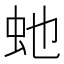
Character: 虵